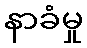
နာခံမှု